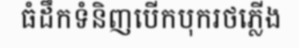
ធំដឹកទំនិញបើកបុករថភ្លើង